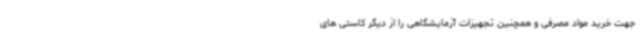
جهت خرید مواد مصرفی و همچنین تجهیزات آزمایشگاهی را از دیگر کاستی های